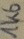
Text: 1K6